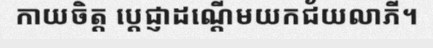
កាយចិត្ត ប្តេជ្ញាដណ្តើមយកជ័យលាភី។